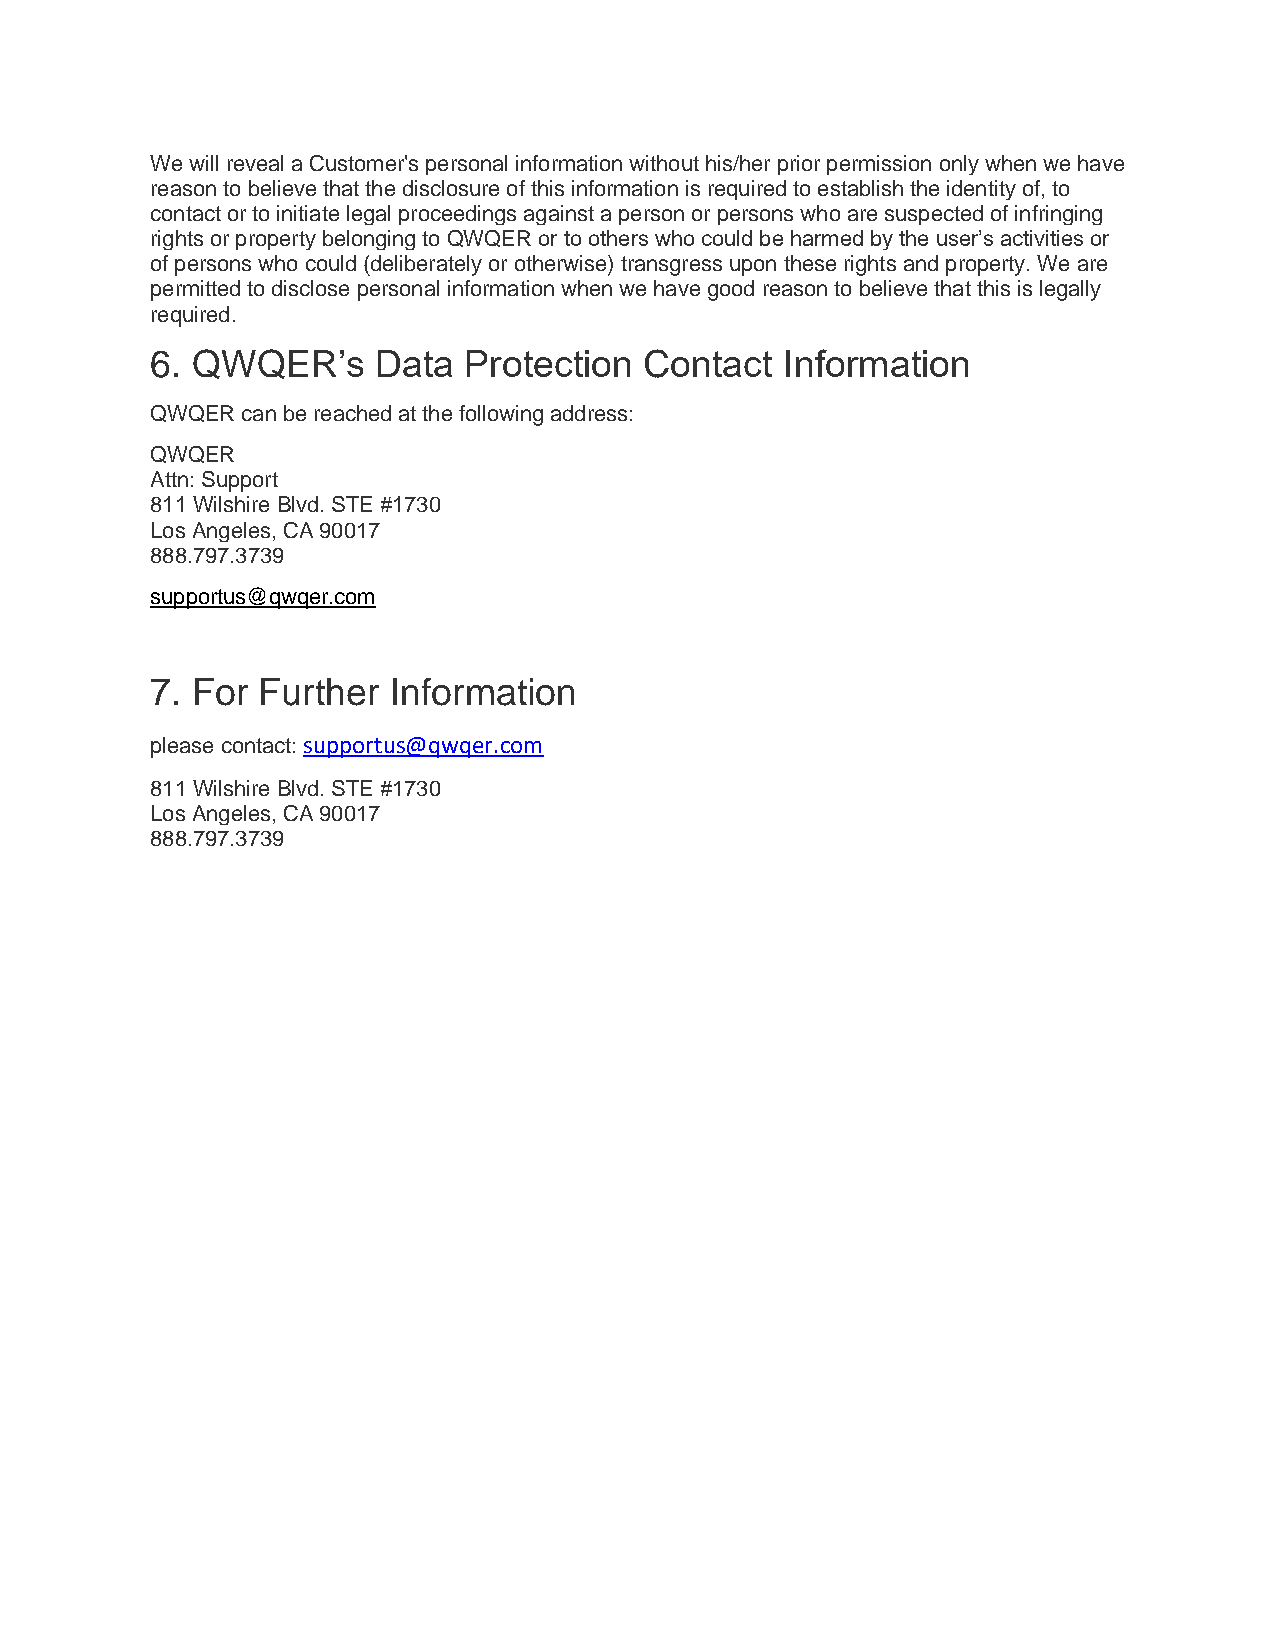
We will reveal a Customer's personal information without his/her prior permission only when we have
 reason to believe that the disclosure of this information is required to establish the identity of, to
 contact or to initiate legal proceedings against a person or persons who are suspected of infringing
 rights or property belonging to QWQER or to others who could be harmed by the user’s activities or
 of persons who could (deliberately or otherwise) transgress upon these rights and property. We are
 permitted to disclose personal information when we have good reason to believe that this is legally
 required.
 6. QWQER’s     Data  Protection  Contact  Information
 QWQER can be reached at the following address:
 QWQER
 Attn: Support
 811 Wilshire Blvd. STE #1730
 Los Angeles, CA 90017
 888.797.3739
 supportus@qwqer.com
 7. For Further  Information
 please contact: supportus@qwqer.com
 811 Wilshire Blvd. STE #1730
 Los Angeles, CA 90017
 888.797.3739